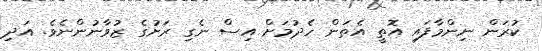
ކުރަން ނިންމާފައި އޮތީ އެތަން ހެދުމަށް އިސް ނެގި ރަށުގެ ޒުވާނުންނެވެ. އަދި